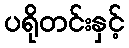
ပရိုတင်းနှင့်